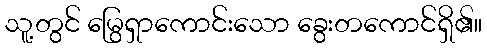
သူ့တွင် မြွေရှာကောင်းသော ခွေးတကောင်ရှိ၏။